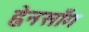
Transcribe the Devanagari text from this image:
ह्वेनसाँग